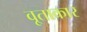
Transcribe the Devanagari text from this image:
वृ्ताकार